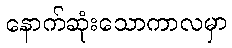
နောက်ဆုံးသောကာလမှာ